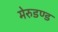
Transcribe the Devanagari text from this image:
मेरुडण्ड